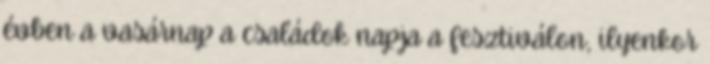
évben a vasárnap a családok napja a fesztiválon, ilyenkor